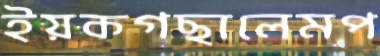
ইয়কগছালেমপ